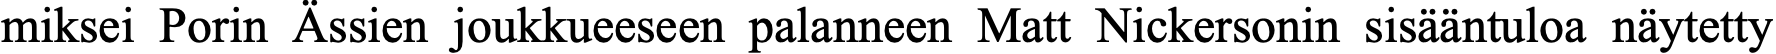
miksei Porin Ässien joukkueeseen palanneen Matt Nickersonin sisääntuloa näytetty